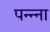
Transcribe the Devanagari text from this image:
पन्‍न्‍ना